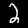
Label: 2